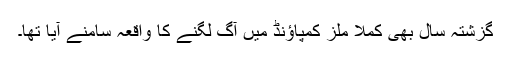
گزشتہ سال بھی کملا ملز کمپاؤنڈ میں آگ لگنے کا واقعہ سامنے آیا تھا۔